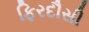
ફિરદૌસી